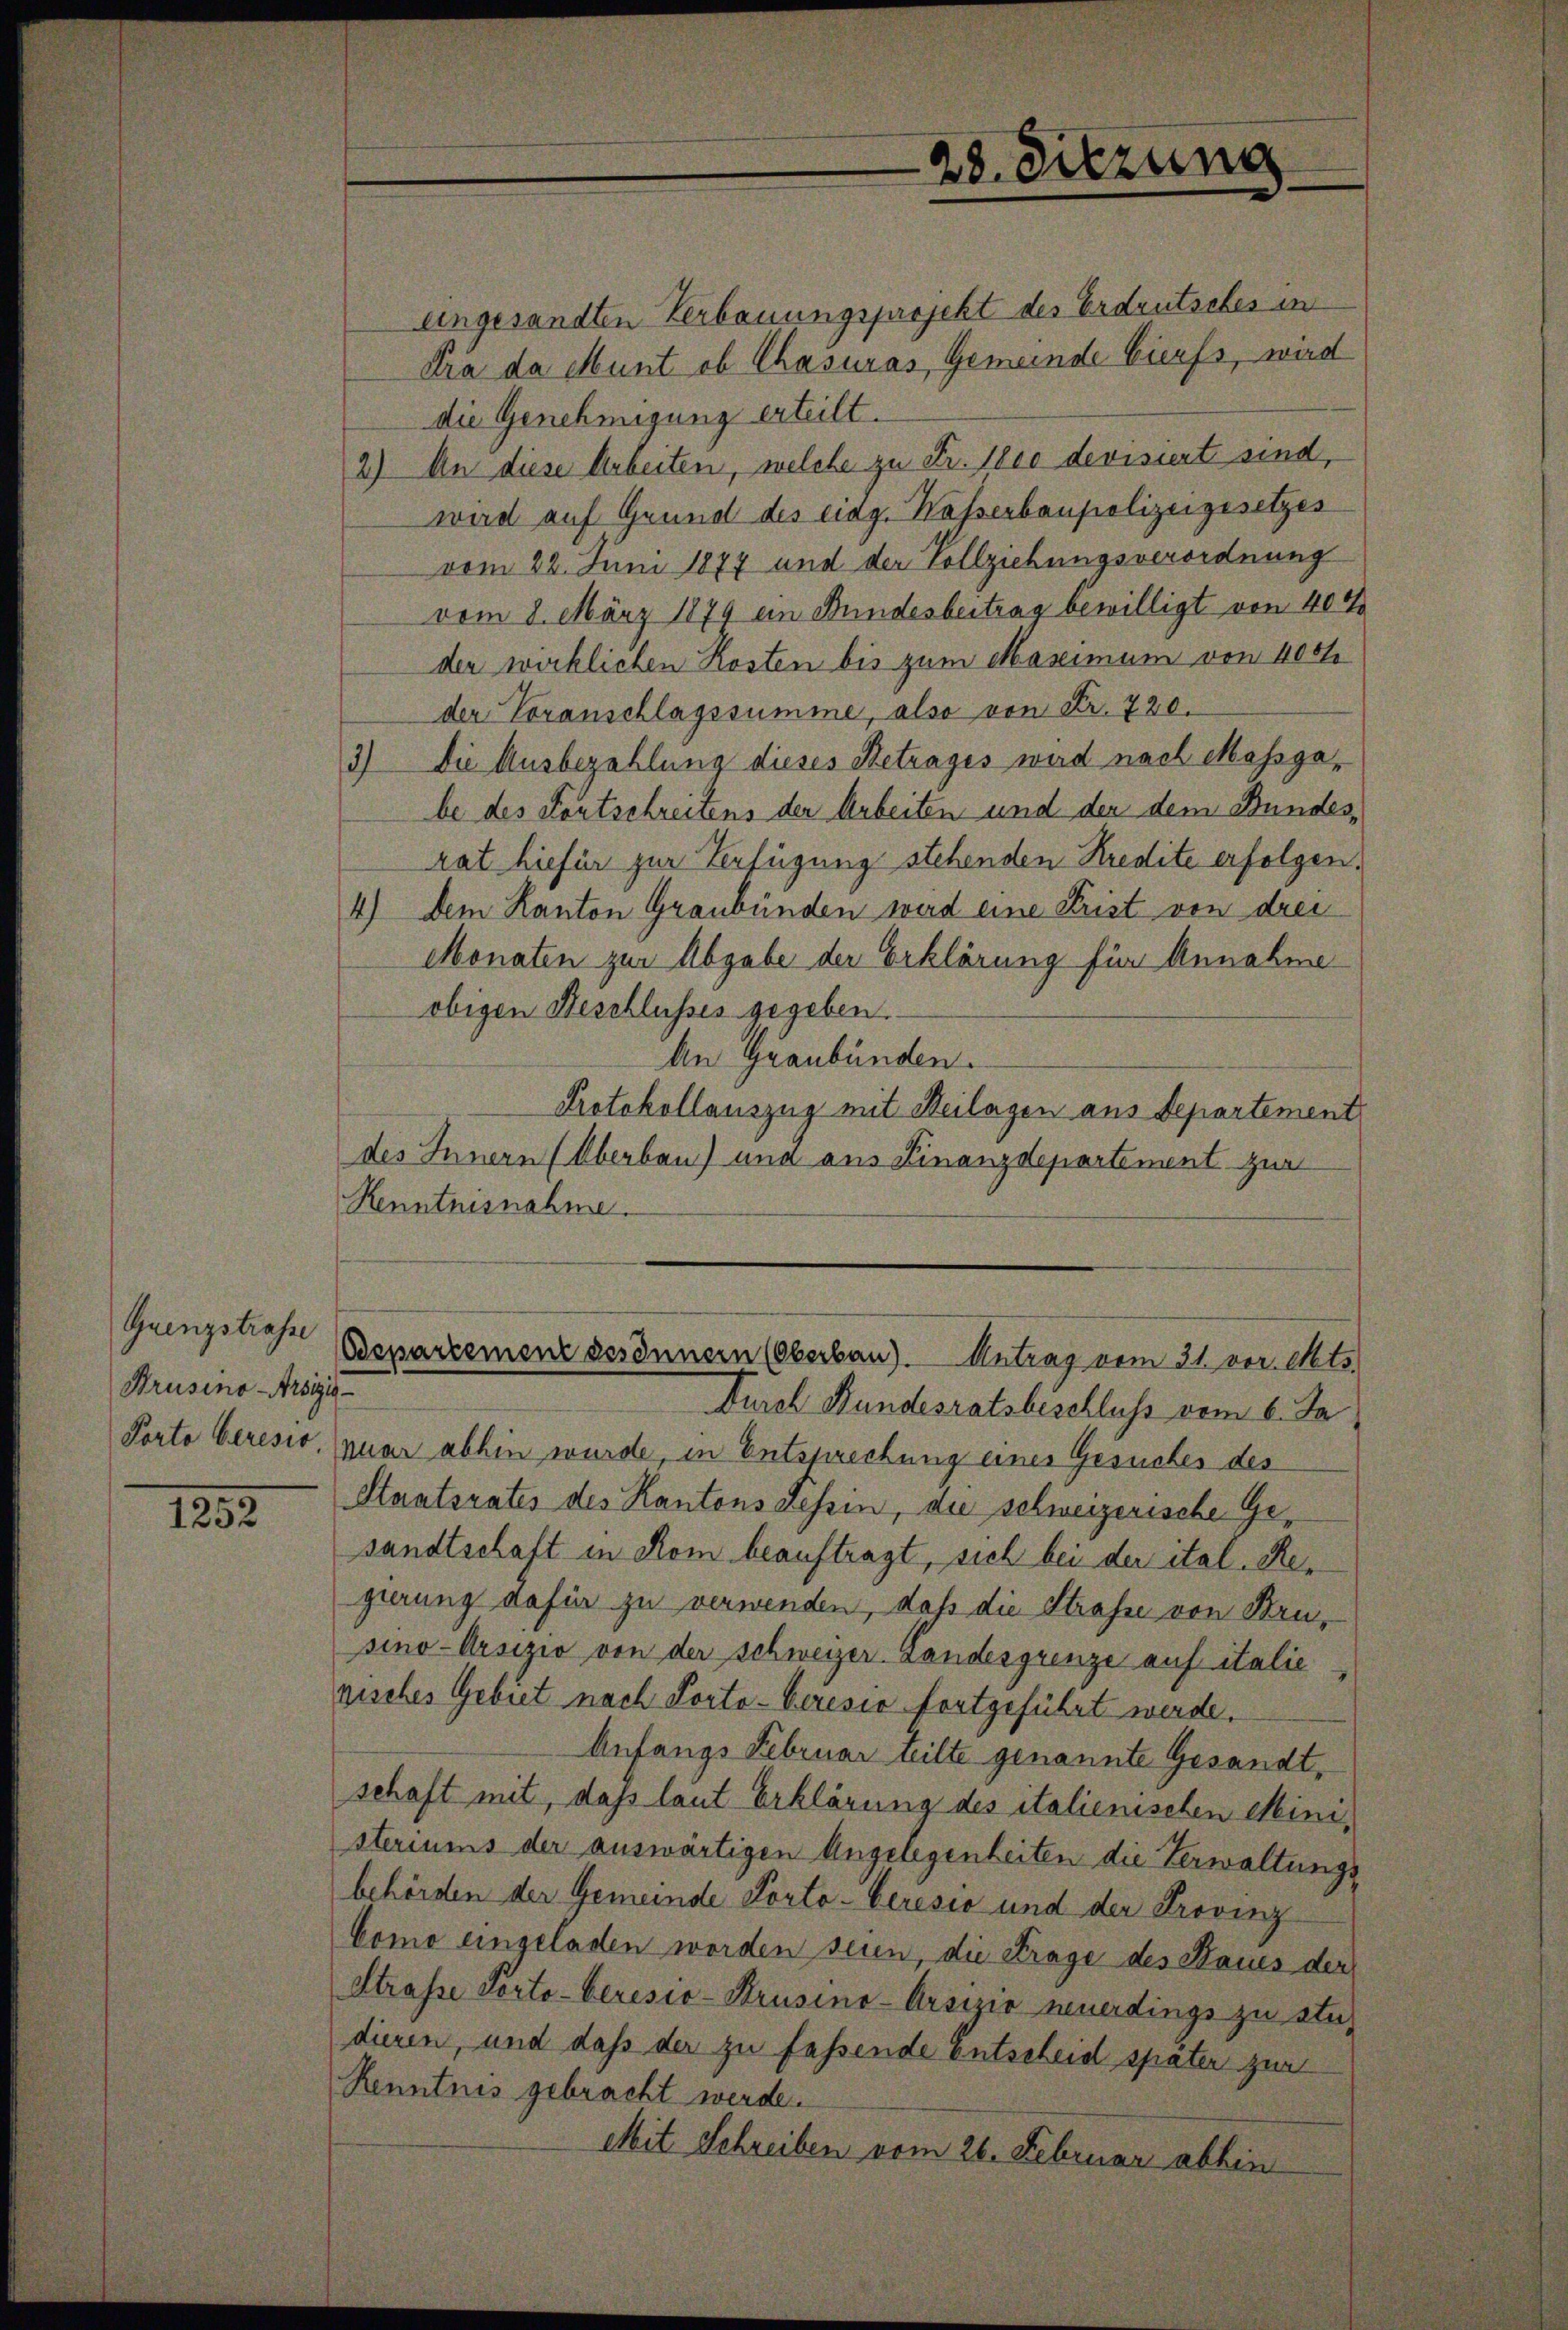
Quenzstrasse
Brusino-Arsigis

1252

28. Sitzung

eingesandten Verbauungsprojekt des Erdrutsches in
dra da Munt ob Chasuras, Gemeinde Burfs, wird
die Genehmigung erteilt.
2) An diese Arbeiten, welche zu Fr. 1800 devisiert sind,
wird auf Grund des eing. Wasserbaupolizeigesetzes
vom 22. Juni 1877 und der Vollziehungsverordnung
vom 8. März 1874 ein Bundesbertrag bewilligt von 404
der wirklichen Kosten bis zum Maximum von 400
der Voranschlagssumme, also von Fr. 720.
3) Die Ausbezahlung dieses Betrages wird nach Massgabe des Fortschreitens der Arbeiten und der dem Bundesrat hiefür zur Verfügung stehenden Kredite erfolgen.
4.) Dem Kanton Graubünden wird eine Krist von drei
Monaten zur Abgabe der Erklärung für Annahme
obigen Beschlusses gegeben.
An Graubünden.
Protokollauszug mit Beilagen aus Departement
des Innern (Oberbau) und aus Finanzdepartement zur
Renntnisnahme.

Osepartement des Innern (Oberbau). Antrag vom 31. vor. Mts.

Durch Bundesratsbeschluss vom 6. Ja
Porto beresio, nuar abhin wurde, in Entsprechung eines Gesuches des
Staatsrates des Kantons dessin, die schweizerische Gesandtschaft in Rom beauftragt, sich bei der ital. Regierung dafür zu verwenden, daß die Strasse von Brusino-Arsizio von der Schweizer. Landesgrenze auf italie
risches Gebiet nach Porta-Ceresia fortgeführt werde.
Anfangs Februar eilte genannte Gesandtschaft mit, daß laut Erklärung des italienischen Ministeriums der auswärtigen Angelegenheiten die Verwaltungs
behörden der Gemeinde Porto-Ceresio und der Provinz
Como eingeladen worden sein, die Frage des Baues der
Strasse Porto-berisio-Krusino-Arsizio neuerdings zu ste-
dieren, und daß der zu fassende Entscheid später zur
Renntnis gebracht werde.
Mit Schreiben vom 26. Februar abhin